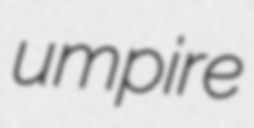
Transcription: umpire